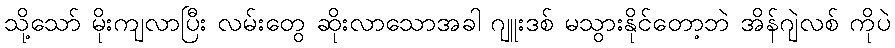
သို့သော် မိုးကျလာပြီး လမ်းတွေ ဆိုးလာသောအခါ ဂျူးဒစ် မသွားနိုင်တော့ဘဲ အိန်ဂျဲလစ် ကိုပဲ